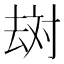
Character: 𱑪